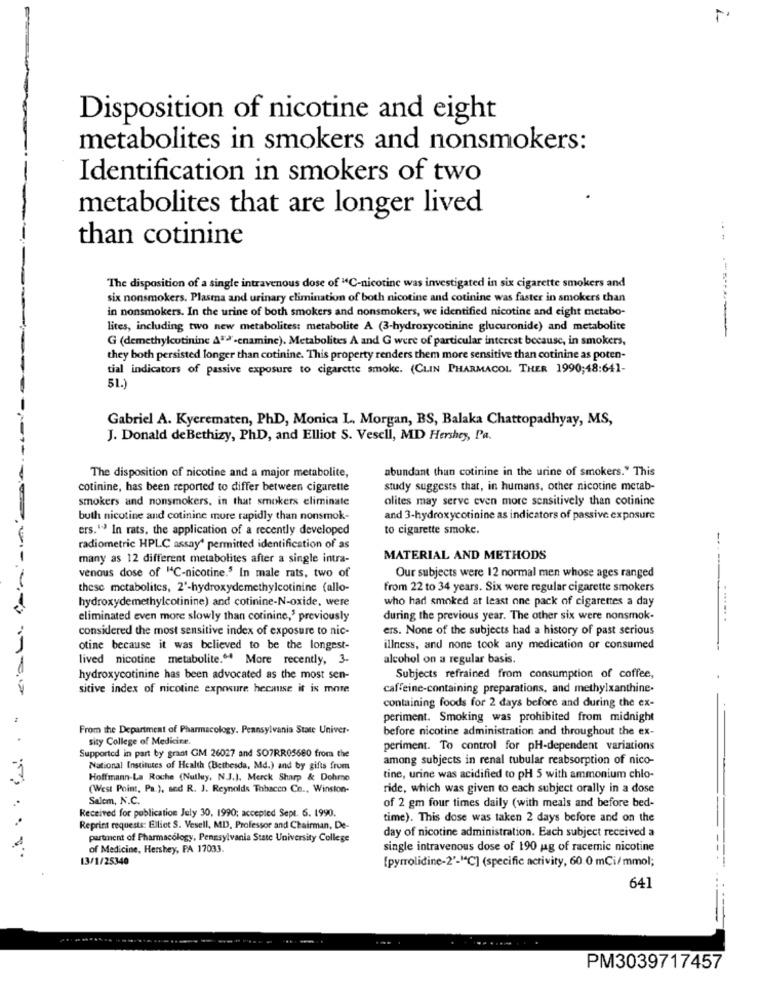
Disposition of nicotine and eight
metabolites in smokers and nonsmokers:
Identification in smokers of two
metabolites that are longer lived
than cotinine
The disposition of a single intravenous dose of "C-nicotine was investigated in six cigarette smokers and
six nonsmokers. Plasma and urinary elimination of both nicotine and cotinine was faster in smokers than
in nonsmokers. In the urine of both smokers and nonsmokers, we identified nicotine and eight metabo-
lites, including two new metabolites: metabolite A (3-hydroxycotinine glucuronide) and metabolite
G (demethylcutinine A">'-enamine). Metabolites A and G were of particular interest because, in smokers,
they both persisted longer than cotinine. This property renders them more sensitive than cotinine as poten-
tial indicators of passive exposure to cigarette smoke. (CLIN PHARMACOL THER 1990;48:641-
51.)
Gabriel A. Kyerematen, PhD, Monica L. Morgan, BS, Balaka Chattopadhyay, MS,
J. Donald de Bethizy, PhD, and Elliot S. Vesell, MD Hershey, Pa.
abundant than cotinine in the urine of smokers." This
The disposition of nicotine and a major metabolite,
cotinine, has been reported to differ between cigarette
study suggests that, in humans, other nicotine metab-
smokers and nonsmokers, in that smokers eliminate
olites may serve even more sensitively than cotinine
both nicotine and cotinine more rapidly than nonsmok-
and 3-hydroxycotinine as indicators of passive exposure
ers."-3 In rats, the application of a recently developed
to cigarette smoke.
radiometric HPLC assay" permitted identification of as
many as 12 different metabolites after a single intra-
MATERIAL AND METHODS
venous dose of "C-nicotine.' In male rats, two of
Our subjects were 12 normal men whose ages ranged
these metabolites, 2'-hydroxydemethylcotinine (allo-
from 22 to 34 years. Six were regular cigarette smokers
hydroxydemethylcotinine) and cotinine-N-oxide, were
who had smoked at least one pack of cigarettes a day
eliminated even more slowly than cotinine,' previously
during the previous year. The other six were nonsmok-
.... .. .
considered the most sensitive index of exposure to nic-
ers. None of the subjects had a history of past serious
otine because it was believed to be the longest-
illness, and none took any medication or consumed
--
lived nicotine metabolite." More recently, 3-
alcohol on a regular basis.
hydroxycotinine has been advocated as the most sen-
Subjects refrained from consumption of coffee,
sitive index of nicotine exposure because it is more
caffeine-containing preparations, and methylxanthine.
containing foods for 2 days before and during the ex-
periment. Smoking was prohibited from midnight
From the Department of Pharmacology. Pennsylvania State Univer-
before nicotine administration and throughout the ex-
sity College of Medicine.
periment. To control for pH-dependent variations
Supported in part by grant GM 26027 and SO7RR05680 from the
among subjects in renal tubular reabsorption of nico-
National Institutes of Health (Bethesda, Md.) and by gifts from
Hoffmann-La Roche (Nulluy, N.J.J. Merck Sharp & Dohme
tine, urine was acidified to pH 5 with ammonium chlo-
(West Point, Pa.), and R. J. Reynolds Tobacco Co ., Winston-
ride, which was given to each subject orally in a dose
Salem, N.C.
Received for publication July 30, 1990; accepted Sept. 6. 1990.
of 2 gm four times daily (with meals and before bed-
time). This dose was taken 2 days before and on the
...
Reprint requests: Elliot S. Vesell, MD, Professor and Chairman, De-
partment of Pharmacology, Pennsylvania State University College
day of nicotine administration. Each subject received a
of Medicine, Hershey, PA 17033.
single intravenous dose of 190 ug of racemic nicotine
13/1/25340
---
[pyrrolidine-2'-"C] (specific activity, 60.0 mCi/mmol;
641
PM3039717457